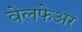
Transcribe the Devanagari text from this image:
वेलफेअर